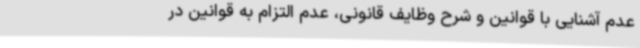
عدم آشنایی با قوانین و شرح وظایف قانونی، عدم التزام به قوانین در